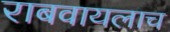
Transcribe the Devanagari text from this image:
राबवायलाच